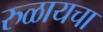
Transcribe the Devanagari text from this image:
रुळायचा